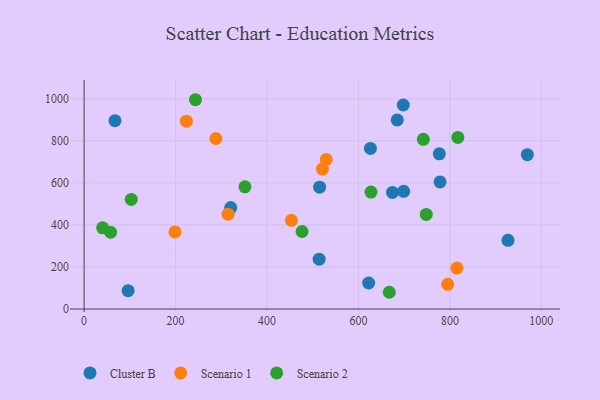
{"axis": {"x": "Ad Spend", "y": "Profit"}, "legend": ["Cluster B", "Scenario 1", "Scenario 2"], "data": [{"x": "698.0", "y": 970.2, "type": "Cluster B"}, {"x": "515.1", "y": 579.6, "type": "Cluster B"}, {"x": "622.4", "y": 123.7, "type": "Cluster B"}, {"x": "320.7", "y": 482.3, "type": "Cluster B"}, {"x": "626.3", "y": 763.5, "type": "Cluster B"}, {"x": "969.5", "y": 734.1, "type": "Cluster B"}, {"x": "674.5", "y": 554.3, "type": "Cluster B"}, {"x": "684.9", "y": 899.1, "type": "Cluster B"}, {"x": "514.1", "y": 236.9, "type": "Cluster B"}, {"x": "778.5", "y": 604.4, "type": "Cluster B"}, {"x": "927.1", "y": 326.7, "type": "Cluster B"}, {"x": "96.2", "y": 87.5, "type": "Cluster B"}, {"x": "776.9", "y": 737.9, "type": "Cluster B"}, {"x": "67.5", "y": 895.6, "type": "Cluster B"}, {"x": "698.9", "y": 559.8, "type": "Cluster B"}, {"x": "521.3", "y": 665.3, "type": "Scenario 1"}, {"x": "198.7", "y": 366.8, "type": "Scenario 1"}, {"x": "453.3", "y": 421.6, "type": "Scenario 1"}, {"x": "815.3", "y": 194.6, "type": "Scenario 1"}, {"x": "795.3", "y": 117.6, "type": "Scenario 1"}, {"x": "288.2", "y": 810.8, "type": "Scenario 1"}, {"x": "314.9", "y": 450.8, "type": "Scenario 1"}, {"x": "529.7", "y": 710.9, "type": "Scenario 1"}, {"x": "223.7", "y": 893.1, "type": "Scenario 1"}, {"x": "748.4", "y": 449.7, "type": "Scenario 2"}, {"x": "667.5", "y": 79.7, "type": "Scenario 2"}, {"x": "742.0", "y": 807.1, "type": "Scenario 2"}, {"x": "58.0", "y": 365.1, "type": "Scenario 2"}, {"x": "476.7", "y": 368.6, "type": "Scenario 2"}, {"x": "627.5", "y": 556.1, "type": "Scenario 2"}, {"x": "40.5", "y": 386.0, "type": "Scenario 2"}, {"x": "817.5", "y": 816.0, "type": "Scenario 2"}, {"x": "103.2", "y": 521.4, "type": "Scenario 2"}, {"x": "351.8", "y": 581.1, "type": "Scenario 2"}, {"x": "243.6", "y": 995.2, "type": "Scenario 2"}]}